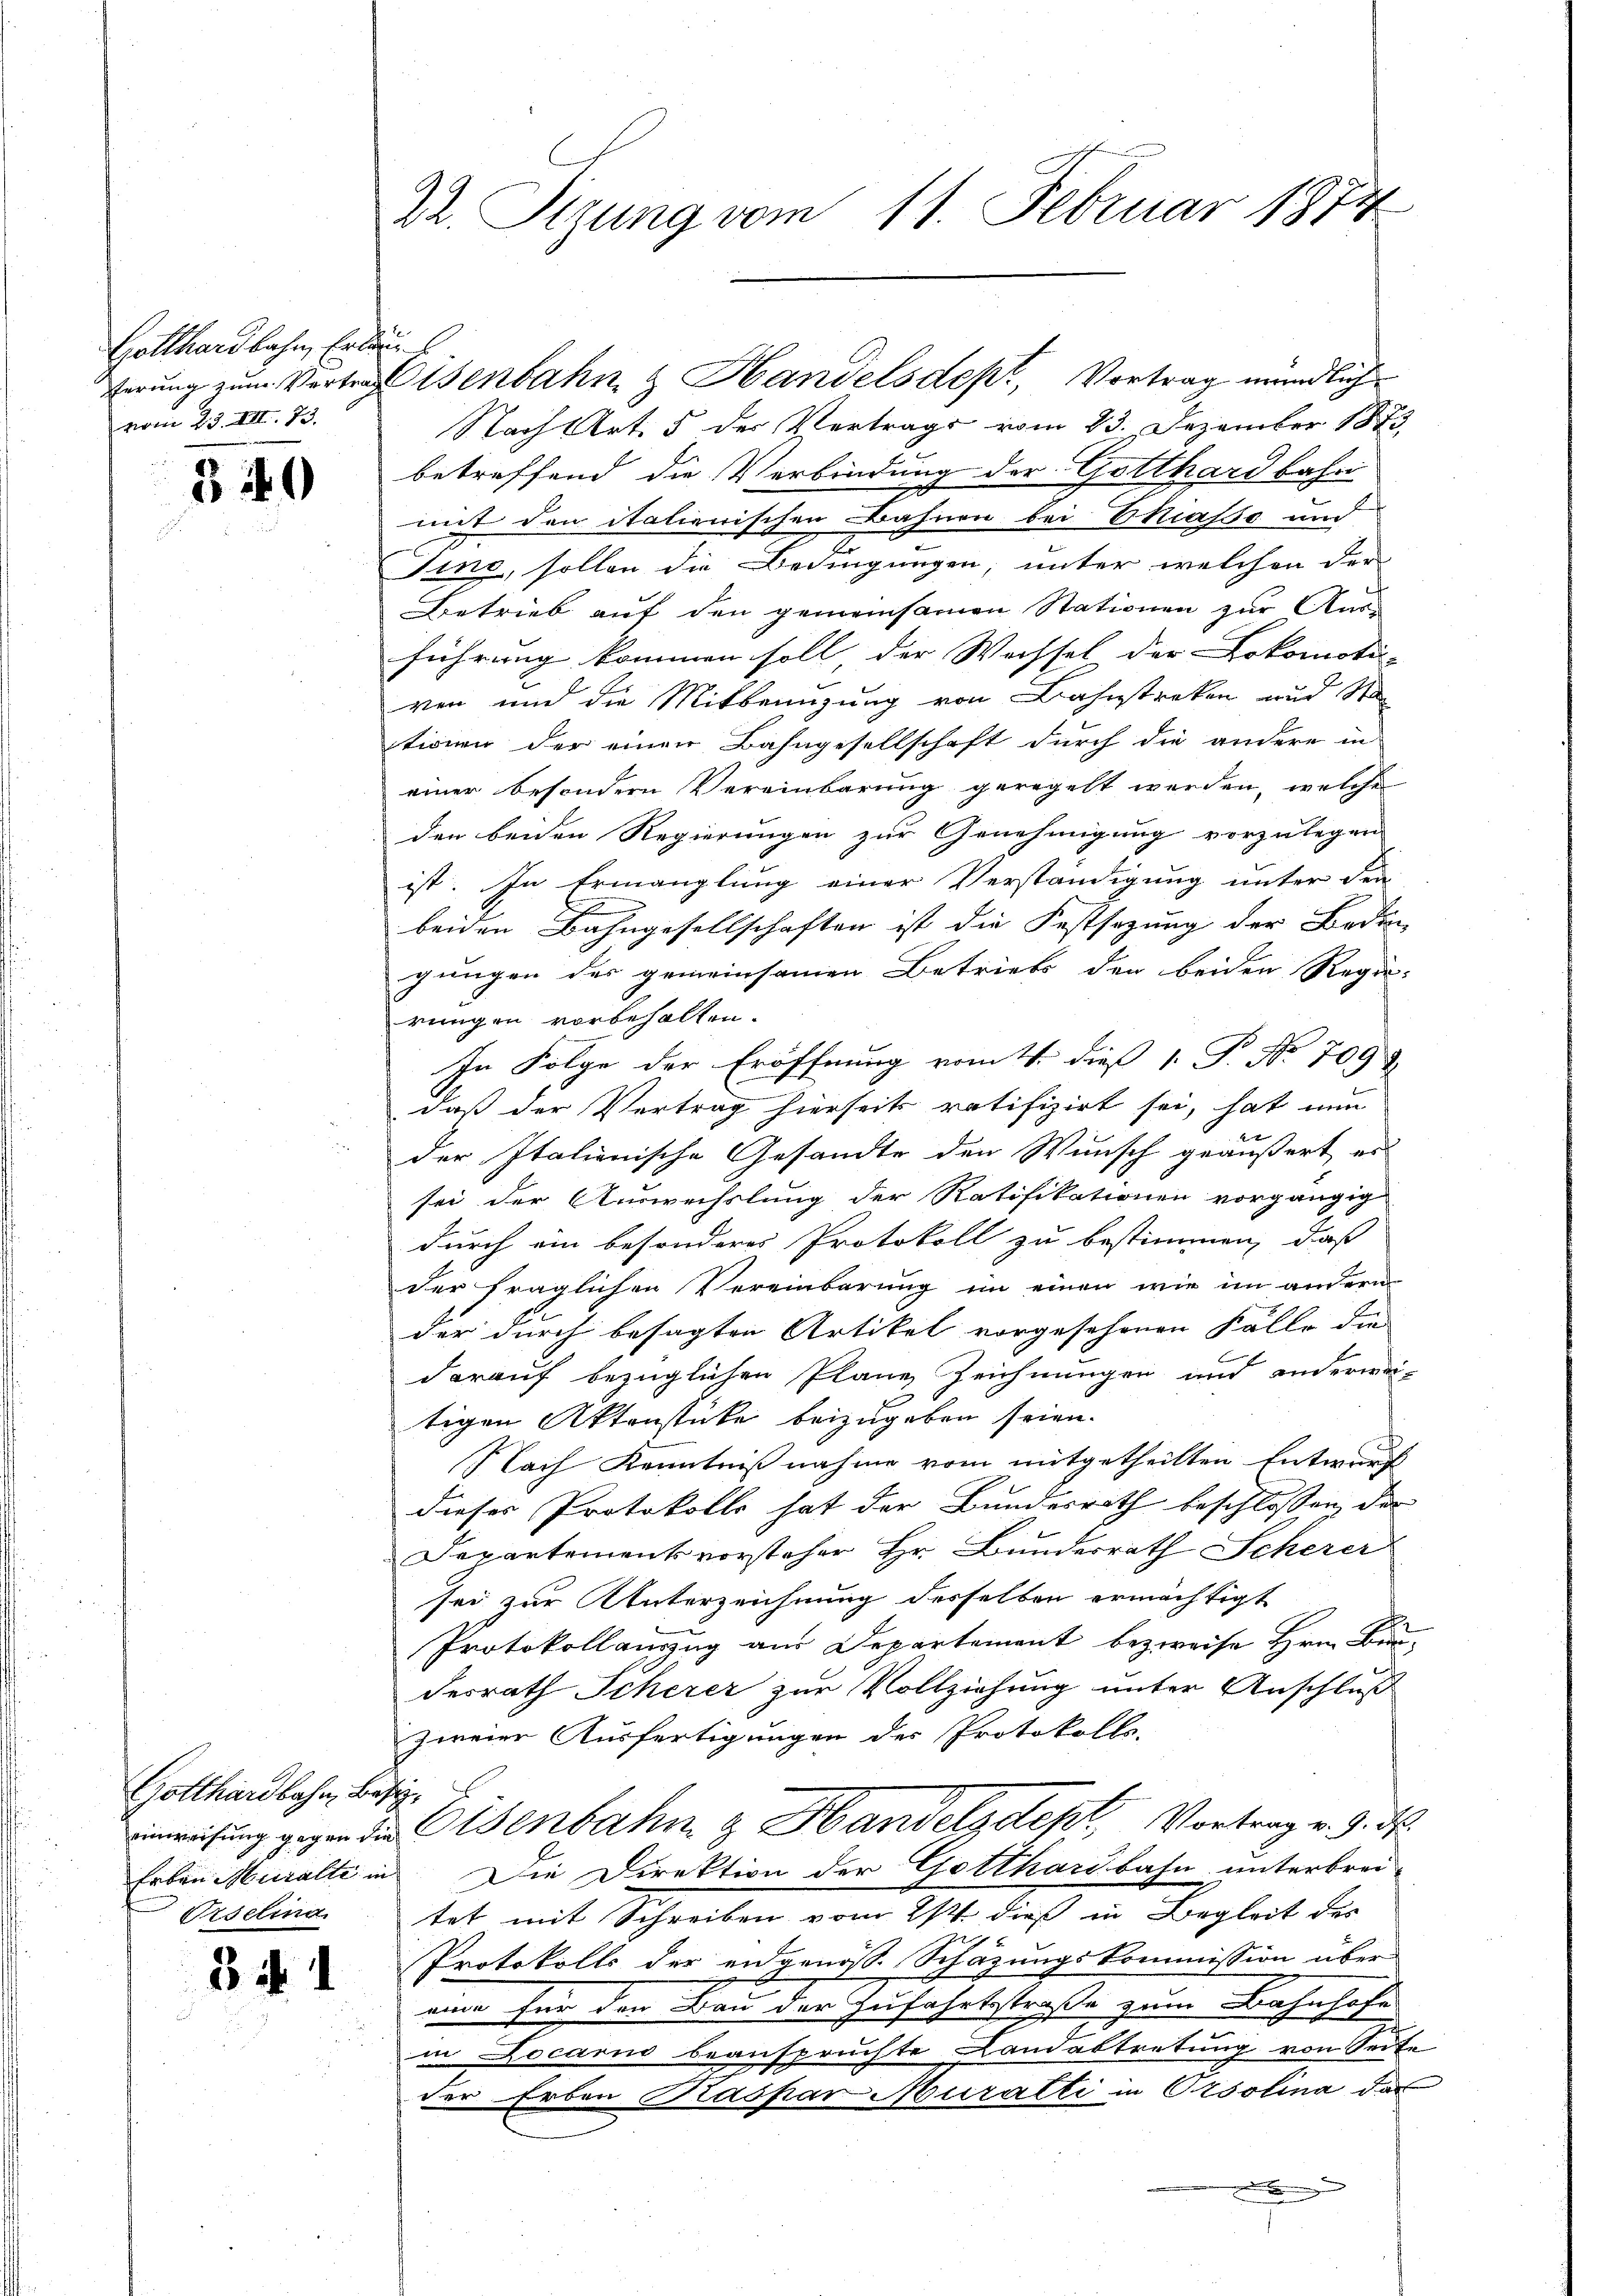
Gotthardbahn, Erläu
vom 25. VIII. 73.

340

Gotthardbahn, Basi
Urselma

3. d. 1

d
22. Segung vom 11. Februar 181

erŭng zŭm Vertrag isenbahn & Handelsdept, Vortrag mündlich
Nach Art. 5 des Vertrags vom 23. Dezember 1873
betreffend die Verbindung der Gotthardbahn
mit den italienischen Bahnen bei Eliasso und
Fine, sollen die Bedingungen, unter welchen der
Betrieb auf den gemeinsamen Stationen zur Aus-
führung kommen soll der Wechsel der Lokomoti-
ven und die Mittannzung von Bahnstreken und Sta
tionen der einen Bahngesellschaft durch die andere in
einer besondern Vereinbarung geregelt werden, welche
den beiden Regierungen zur Genehmigung vorzulegen
ist. In Ermanglung einer Verständigung unter den
beiden Bahngesellschaften ist die Festsezung der Boden
gungen des gemeinsamen Betriebs den beiden Regie-
rungen vorbehalten.
In Folge der Eröffnung vom 4. dieß 1. P. Nr. 7093
daß der Vertrag hierseits ratifizirt sei, hat nun
der Italienische Gesandte den Wunsch geäußert, er
sei der Auswechslung der Ratifikationen vorgängig
durch ein besonderes Protokoll zu bestimmen, daß
der fraglichen Vereinbarung im einen wie im andern
der durch besagten Artikel vorgesehenen Fälle die
darauf bezüglichen Plane Zeichnungen und anderwei-
tigen Aktenstücke beizugeben seien.
Nach Kenntnißnahme vom mitgetheilten Entwurf
dieses Protokolls hat der Bundesrath beschlossen, der
Departementsvorsteher Hr. Bunderrath Scherer
sei zur Unterzeichnung desselben ermächtigt
Protokollauszug aus Departement bezweise Hrn. Bran-
desrath Scherer zur Vollziehung unter Anschluß
zweier Ausfertigungen des Protokolls-
inweisung gegen die Eisenbahn & Handelsdept, Vortrag v. 9. d.
Erben Muralte in Die Direktion der Gotthardbahn unterbrei-
tet mit Schreiben vom 21. dieß in Begleit dies

Protokolls der eidgenoss. Schazungskommission über
eine für den Bau der Zufahrtsstraße zum Bahnhofe
in Docani beanspruchte Landabtretung von Seite
der Erben Kaspar Muralti in Orsolina das